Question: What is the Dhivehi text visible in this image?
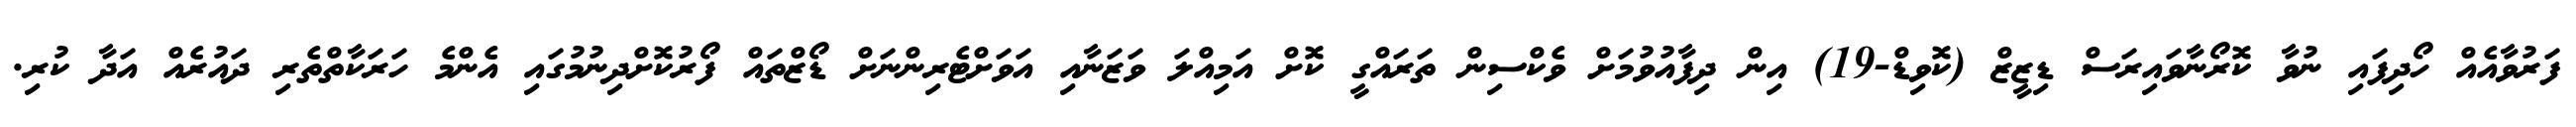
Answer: ފަރުވާއެއް ހޯދިފައި ނުވާ ކޮރޯނާވައިރަސް ޑިޒީޒް (ކޮވިޑް-19) އިން ދިފާއުވުމަށް ވެކްސިން ތަރައްގީ ކޮށް އަމިއްލަ ވަޒަނާއި އަވަށްޓެރިންނަށް ޑޯޒްތައް ފޯރުކޮށްދިނުމުގައި އެންމެ ހަރަކާތްތެރި ދައުރެއް އަދާ ކުރި.